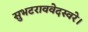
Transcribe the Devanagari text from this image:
सुभटराववेदस्वरे।